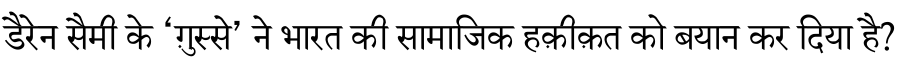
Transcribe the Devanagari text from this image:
डैरेन सैमी के ‘ग़ुस्से’ ने भारत की सामाजिक हक़ीक़त को बयान कर दिया है?